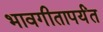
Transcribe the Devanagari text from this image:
भावगीतापर्यंत